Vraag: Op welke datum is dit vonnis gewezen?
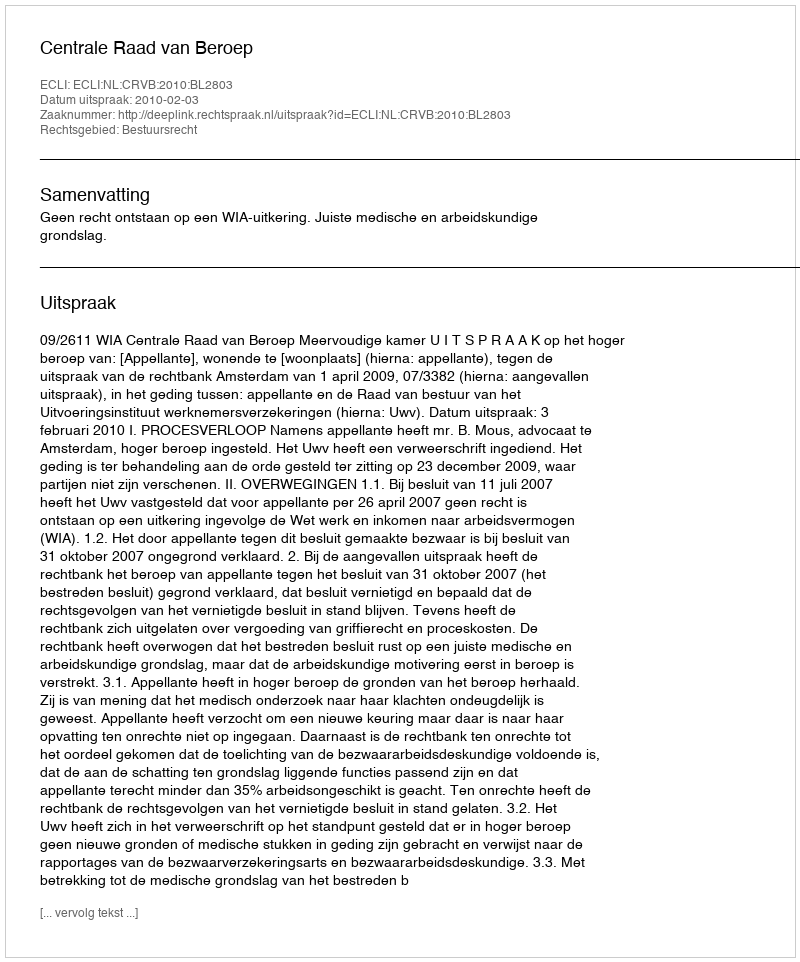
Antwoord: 2010-02-03